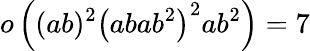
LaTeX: o\left((ab)^{2}\left(abab^{2}\right)^{2}ab^{2}\right)=7